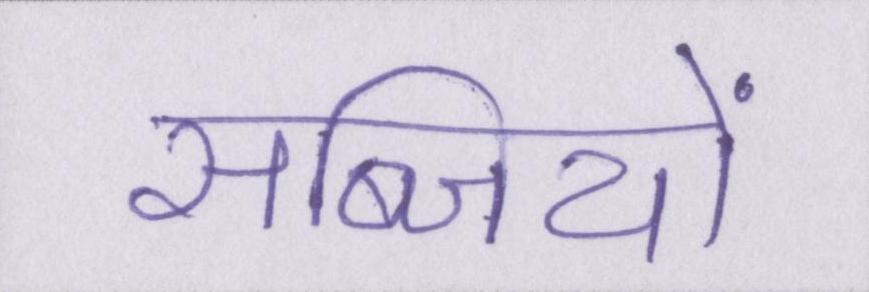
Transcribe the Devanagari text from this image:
सब्जियों